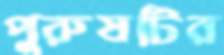
পুরুষটির